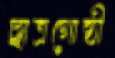
ছাত্রগোষ্ঠী